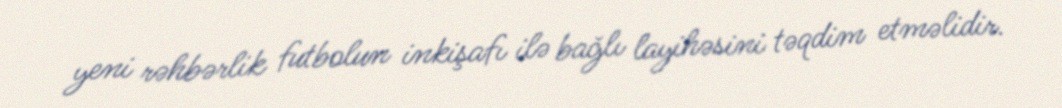
yeni rəhbərlik futbolun inkişafı ilə bağlı layihəsini təqdim etməlidir.